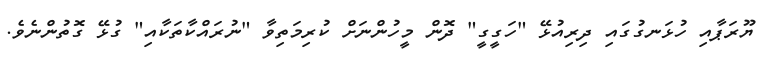
ޔޫރަޕާއި ހުޅަނގުގައި ދިރިއުޅޭ "ހަގީގީ" ދޮން މީހުންނަށް ކުރިމަތިވާ "ނުރައްކާތަކާއި" ގުޅޭ ގޮތުންނެވެ.